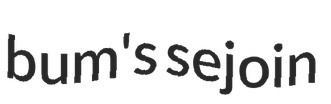
bum's sejoin